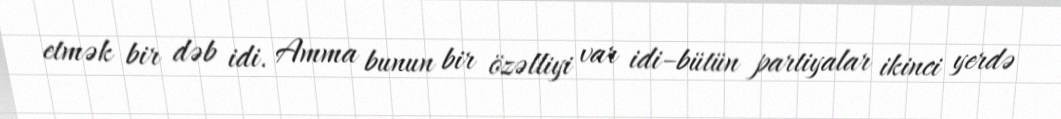
etmək bir dəb idi. Amma bunun bir özəlliyi var idi–bütün partiyalar ikinci yerdə